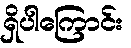
ရှိပါကြောင်း